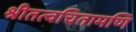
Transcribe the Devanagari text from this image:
श्रीतत्वचितामणि